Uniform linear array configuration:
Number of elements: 32
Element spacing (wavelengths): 0.75
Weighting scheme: hamming
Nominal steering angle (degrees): -15
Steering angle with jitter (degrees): -15.691
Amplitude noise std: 0.05
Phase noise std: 0.05

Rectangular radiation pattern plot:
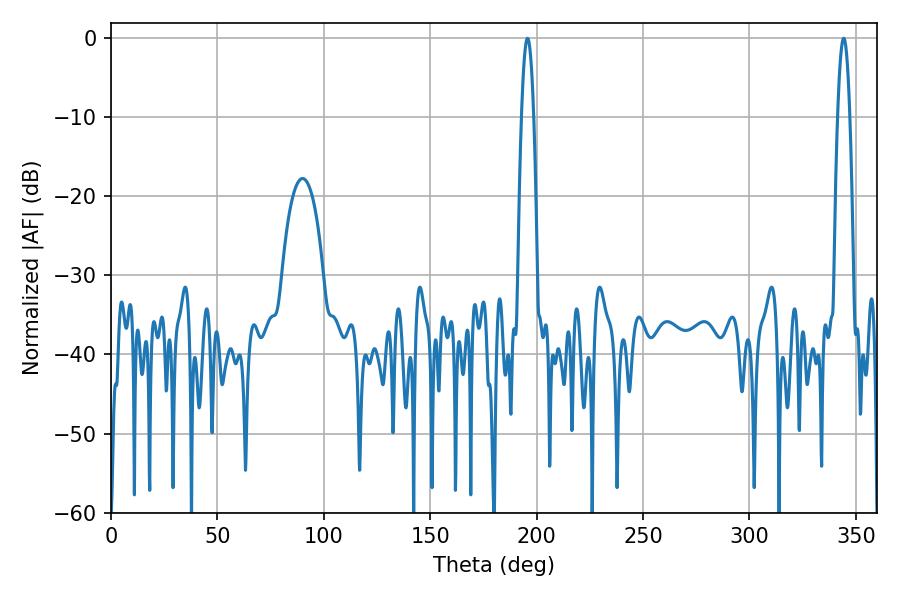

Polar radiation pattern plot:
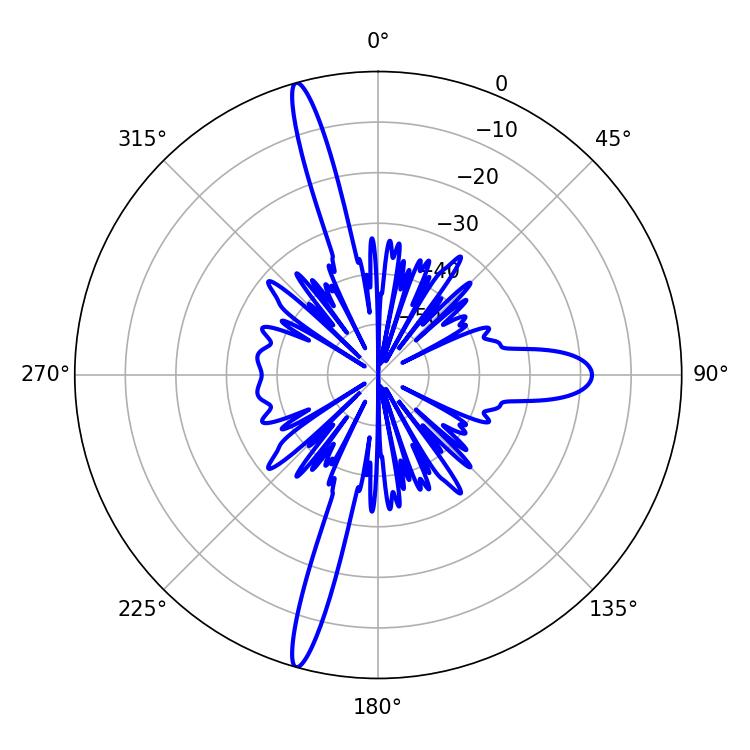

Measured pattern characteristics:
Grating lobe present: TRUE
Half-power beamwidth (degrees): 3.06
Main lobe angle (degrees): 195.66